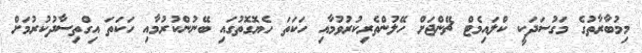
މިމުބާރާތުގެ މަގުސަދަކީ ކްލައިމެޓް ޗޭންޖަށް ހޭލުންތެރިކުރުވުމާއި ހަކަތަ ހެޔޮގޮތުގައި ބޭނުންކުރުމާއި ހަކަތަ އިގްތިސާދުކުރުމަށް